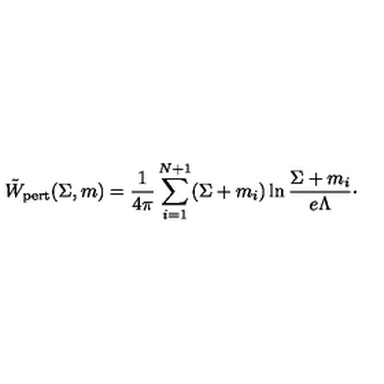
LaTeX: \tilde { W } _ { \mathrm { p e r t } } ( \Sigma , m ) = { \frac { 1 } { 4 \pi } } \sum _ { i = 1 } ^ { N + 1 } ( \Sigma + m _ { i } ) \ln { \frac { \Sigma + m _ { i } } { e \Lambda } } \cdotp